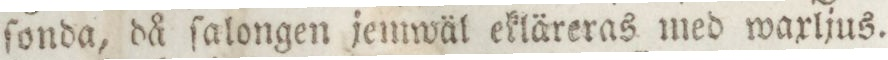
ſonda, då ſalongen jemwäl ekläreras med waxlius.